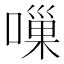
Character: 𠻥